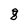
Character: 8